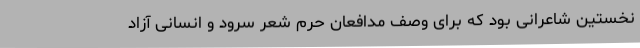
نخستین شاعرانی بود که برای وصف مدافعان حرم شعر سرود و انسانی آزاد